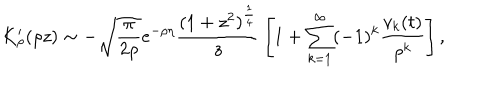
LaTeX: K _ { \rho } ^ { \prime } ( \rho z ) \sim - \sqrt { \frac { \pi } { 2 \rho } } e ^ { - \rho \eta } { \frac { ( 1 + z ^ { 2 } ) ^ { \frac { 1 } { 4 } } } { z } } \left[ 1 + \sum _ { k = 1 } ^ { \infty } ( - 1 ) ^ { k } { \frac { v _ { k } ( t ) } { \rho ^ { k } } } \right] ,